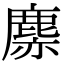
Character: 𪊳